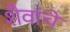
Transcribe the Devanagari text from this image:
शैवांचे